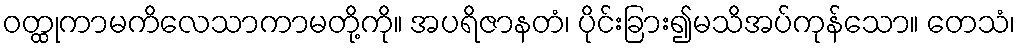
ဝတ္ထုကာမကိလေသာကာမတို့ကို။ အပရိဇာနတံ၊ ပိုင်းခြား၍မသိအပ်ကုန်သော။ တေသံ၊